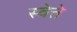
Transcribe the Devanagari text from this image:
स्वेत्ते